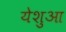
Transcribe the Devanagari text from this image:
येशुआ